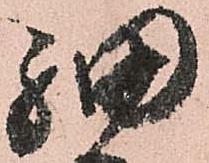
細